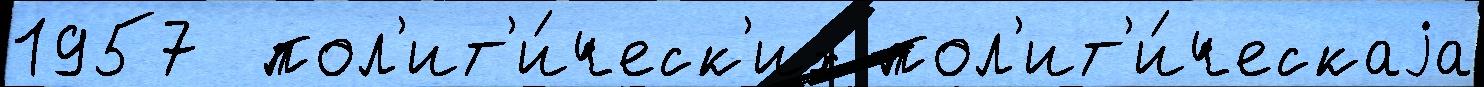
1957  пол'ит'и́ческ'их пол'ит'и́ческаjа